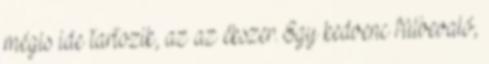
mégis ide tartozik, az az ékszer. Egy kedvenc fülbevaló,